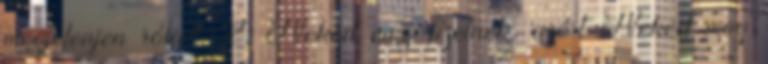
megjelenjen róla? 2. Neked meg fizetnek, azért Neked meg